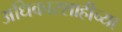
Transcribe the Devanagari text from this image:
अधिकारशाहीच्या